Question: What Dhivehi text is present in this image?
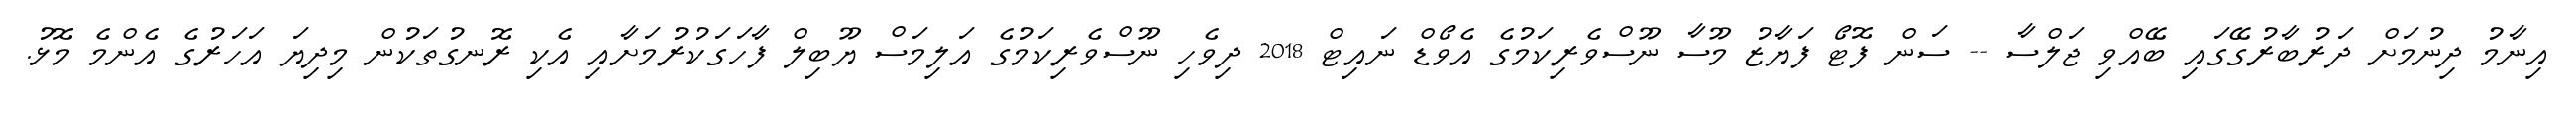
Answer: އިނާމު ދިނުމަށް ދަރުބާރުގޭގައި ބޭއްވި ޖަލްސާ -- ސަން ފޮޓޯ ފަޔާޒު މޫސާ ނޫސްވެރިކަމުގެ އެވޯޑް ނައިޓް 2018 ދިވެހި ނޫސްވެރިކަމުގެ އަލިމަސް ޔޫބިލް ފާހަގަކުރުމަށާއި އެކި ރޮނގުތަކުން މިދިޔަ އަހަރުގެ އެންމެ މޮޅު.